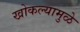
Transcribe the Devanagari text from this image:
खोकल्यामुळे